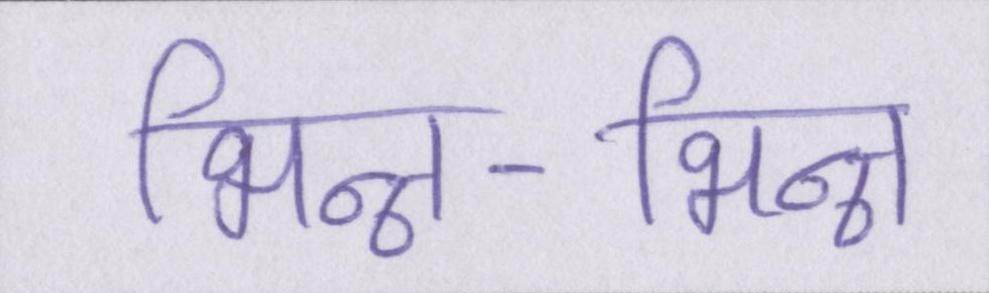
भिन्न-भिन्न